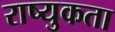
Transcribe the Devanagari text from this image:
राष्युकता